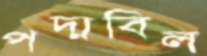
পদ্মবিল